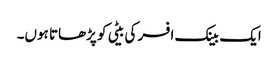
ایک بینک افسر کی بیٹی کو پڑھاتا ہوں۔